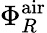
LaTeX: \Phi_{R}^{\mathrm{air}}